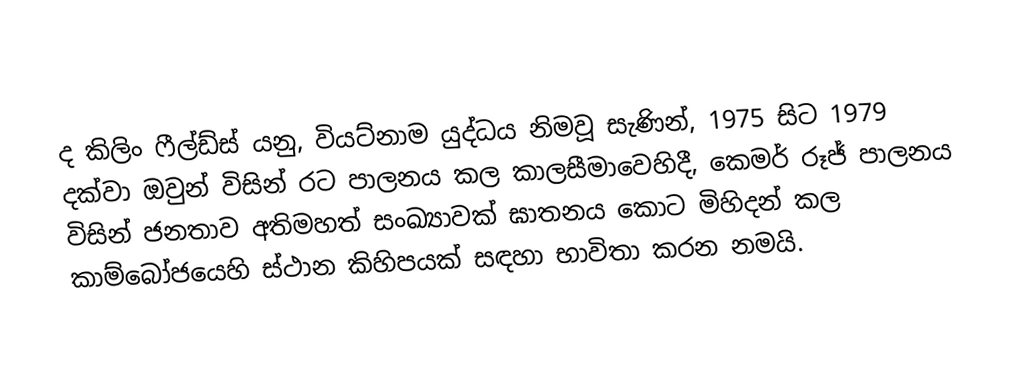
ද කිලිං ෆීල්ඩ්ස් යනු, වියට්නාම යුද්ධය නිමවූ සැණින්, 1975 සිට 1979 දක්වා ඔවුන් විසින් රට පාලනය කල කාලසීමාවෙහිදී, කෙමර් රූජ් පාලනය විසින් ජනතාව අතිමහත් සංඛ්‍යාවක් ඝාතනය කොට මිහිදන් කල  කාම්බෝජයෙහි  ස්ථාන කිහිපයක් සඳහා භාවිතා කරන නමයි.